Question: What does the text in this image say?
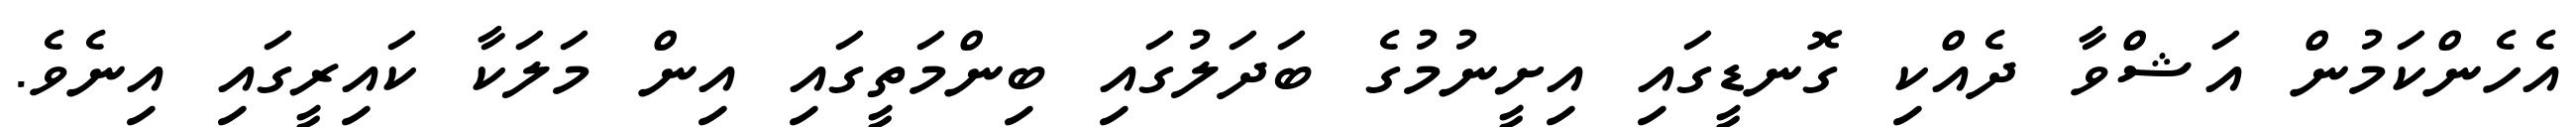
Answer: އެހެންކަމުން އަޝްވާ ދެއްކި ގޮނޑީގައި އިށީނުމުގެ ބަދަލުގައި ބިންމަތީގައި އިން މަލަކާ ކައިރީގައި އިނެވެ.